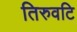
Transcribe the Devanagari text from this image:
तिरुवटि